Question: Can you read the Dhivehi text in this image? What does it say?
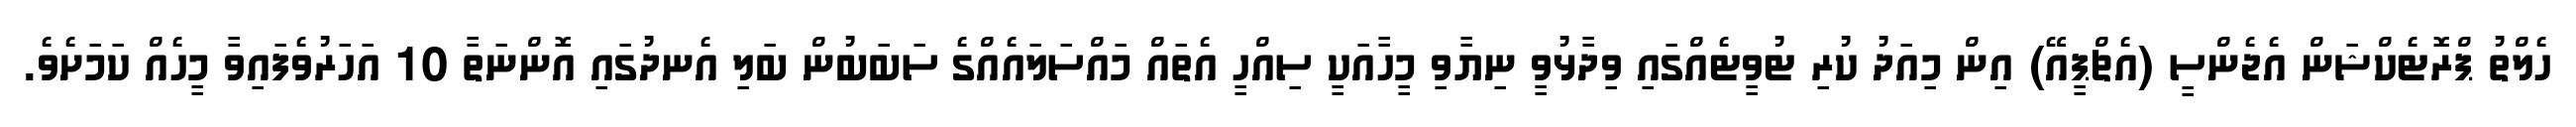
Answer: ހެލްތު ޕްރޮޓެކްޝަން އެޖެންސީ (އެޗްޕީއޭ) އިން މިއަދު ކުރި ޓުވީޓެއްގައި ވިދާޅުވީ ނިޔާވި މީހާއަކީ ސިއްހީ އެތައް މައްސަލައެއްގެ ސަބަބުން ބަލި އެނދުގައި އޮންނަތާ 10 އަހަރުވެފައިވާ މީހެއް ކަމަށެވެ.